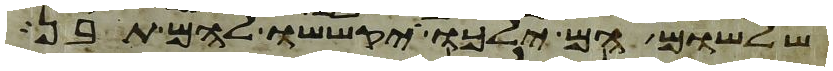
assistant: שלשום הם ילכו יקששו להם תבן